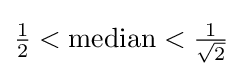
{\tfrac {1}{2}}<{\text{median}}<{\tfrac {1}{\sqrt {2}}}